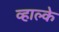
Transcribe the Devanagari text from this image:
व्हाल्के